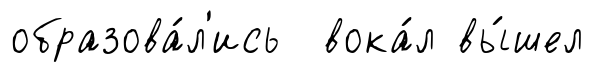
образова́л'ись вока́л вы́шел